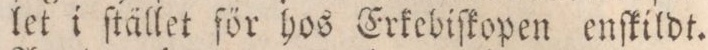
let i ſtället för hos Erkebiſkopen enſkildt.